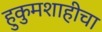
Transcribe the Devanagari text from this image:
हुकुमशाहीचा